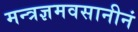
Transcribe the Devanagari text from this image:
मन्त्रज्ञमवसानीनं